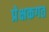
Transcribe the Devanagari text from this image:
प्रेक्षकगत